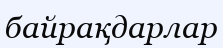
байрақдарлар